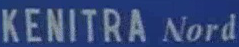
KENITRA Nord